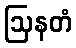
ဩနတံ